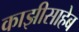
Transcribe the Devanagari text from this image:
काझीसाहेब